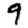
Digit: 9